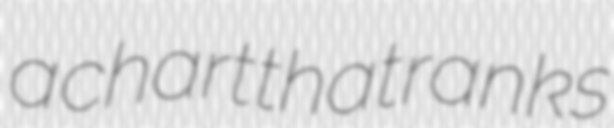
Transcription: a chart that ranks